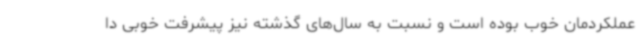
عملکردمان خوب بوده است و نسبت به سال‌های گذشته نیز پیشرفت خوبی دا